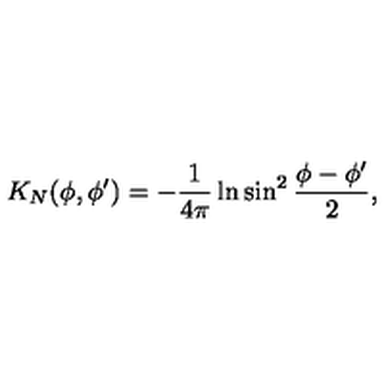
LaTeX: K _ { N } ( \phi , \phi ^ { \prime } ) = - { \frac { 1 } { 4 \pi } } \ln \sin ^ { 2 } { \frac { \phi - \phi ^ { \prime } } { 2 } } ,